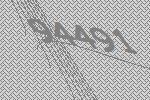
94491